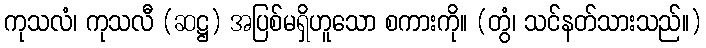
ကုသလံ၊ ကုသလီ (ဆဋ္ဌ) အပြစ်မရှိဟူသော စကားကို။ (တွံ၊ သင်နတ်သားသည်။)